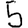
Digit: 5